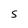
Character: S